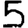
Digit: 5